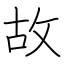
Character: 故